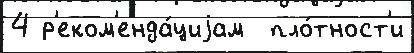
4 р'еком'енда́циjам  пло́тност'и